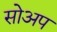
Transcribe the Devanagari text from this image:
सोअप